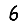
Digit: 6